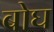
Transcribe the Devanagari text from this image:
बोघ